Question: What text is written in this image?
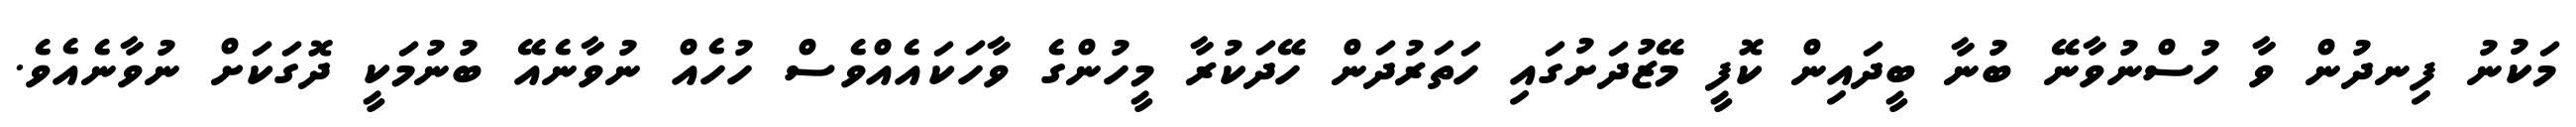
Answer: މަކުނު ފިނދުން ވާ ހުސްނުވާނޭ ބުނާ ބީދައިން ކޮފީ މޭޒުދަށުގައި ހަތަރުދަން ހޭދަކުރާ މީހުންގެ ވާހަކައެއްވެސް ހުހެއް ނުވާނެއޭ ބުނުމަކީ ދޮގަކަށް ނުވާނެއެވެ.